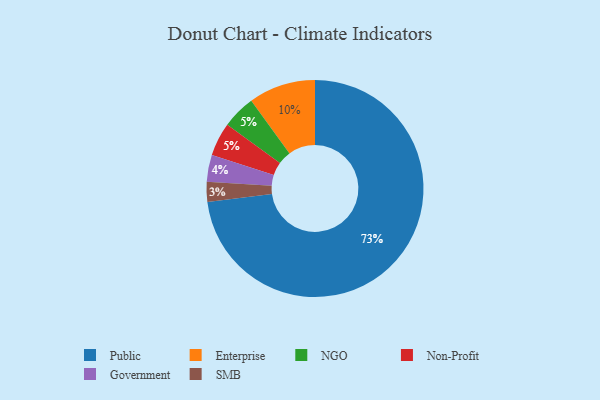
{"axis": {"x": "Category", "y": "Percentage"}, "legend": ["Enterprise", "Government", "NGO", "Non-Profit", "Public", "SMB"], "data": [{"x": "NGO", "y": 5, "type": "NGO"}, {"x": "Government", "y": 4, "type": "Government"}, {"x": "SMB", "y": 3, "type": "SMB"}, {"x": "Enterprise", "y": 10, "type": "Enterprise"}, {"x": "Non-Profit", "y": 5, "type": "Non-Profit"}, {"x": "Public", "y": 73, "type": "Public"}]}